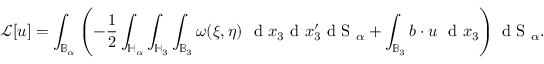
\mathcal { L } [ \boldsymbol { u } ] = \int _ { \mathbb { B } _ { \alpha } } \left( - \frac { 1 } { 2 } \int _ { \mathbb { H } _ { \alpha } } \int _ { \mathbb { H } _ { 3 } } \int _ { \mathbb { B } _ { 3 } } \omega ( \boldsymbol { \xi } , \boldsymbol { \eta } ) \ \textup { d } x _ { 3 } \textup { d } x _ { 3 } ^ { \prime } \textup { d S } _ { \alpha } + \int _ { \mathbb { B } _ { 3 } } \boldsymbol { b } \cdot \boldsymbol { u } \ \textup { d } x _ { 3 } \right) \textup { d S } _ { \alpha } .